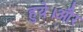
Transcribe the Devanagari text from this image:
हुये।और